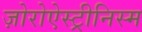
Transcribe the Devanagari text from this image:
ज़ोरोऐस्ट्रीनिस्म